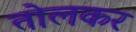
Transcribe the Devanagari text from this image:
तोलकर